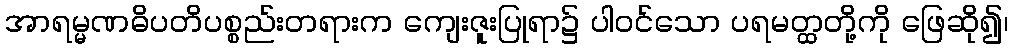
အာရမ္မဏဓိပတိပစ္စည်းတရားက ကျေးဇူးပြုရာ၌ ပါဝင်သော ပရမတ္ထတို့ကို ဖြေဆို၍၊